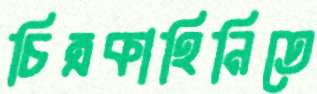
চিত্রকাহিনিতে